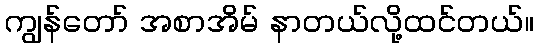
ကျွန်တော် အစာအိမ် နာတယ်လို့ထင်တယ်။